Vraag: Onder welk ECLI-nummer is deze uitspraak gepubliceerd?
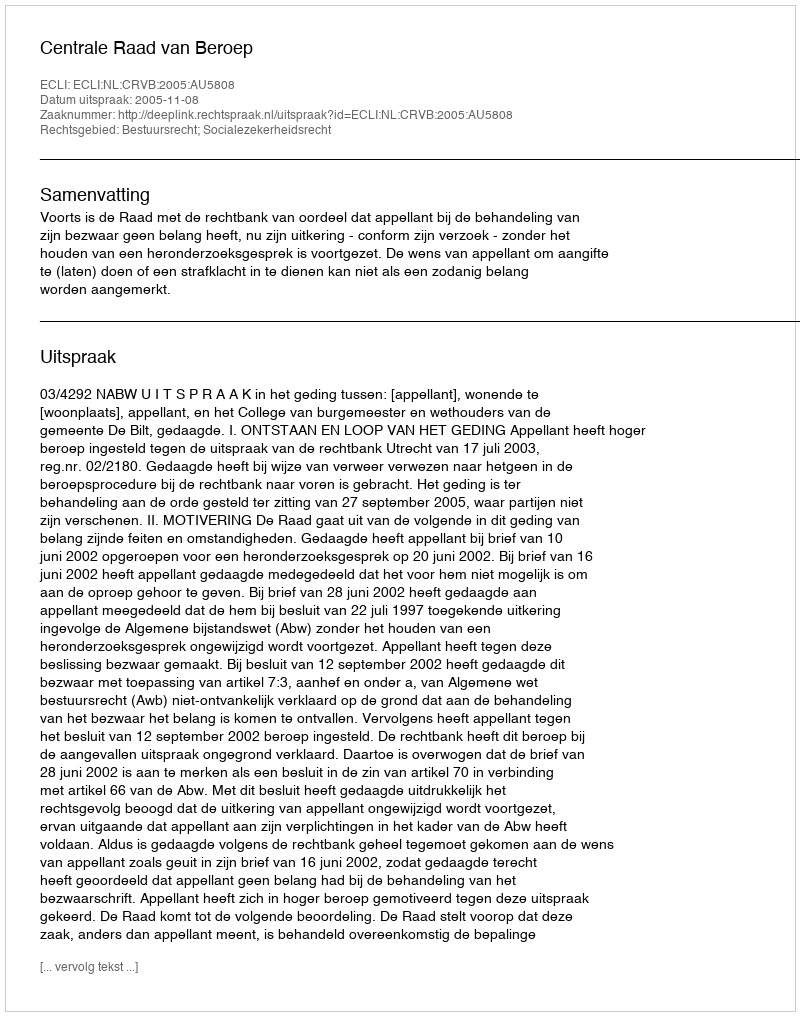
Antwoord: ECLI:NL:CRVB:2005:AU5808